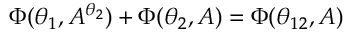
\Phi ( \theta _ { 1 } , A ^ { \theta _ { 2 } } ) + \Phi ( \theta _ { 2 } , A ) = \Phi ( \theta _ { 1 2 } , A )